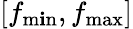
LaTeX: [f_{\operatorname*{m\mathbf{i}n}},f_{\operatorname*{max}}]